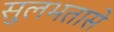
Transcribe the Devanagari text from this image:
सुलभतासे